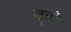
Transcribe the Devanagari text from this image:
कुऐ